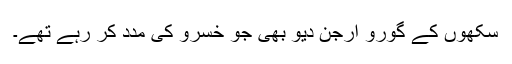
سکھوں کے گورو ارجن دیو بھی جو خسرو کی مدد کر رہے تھے۔